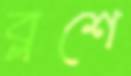
ব্লশে